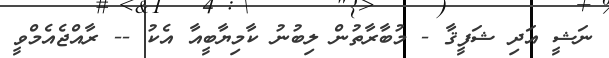
ނަޝީ އަދި ޝަފީޤާ - މުބާރާތުން ލިބުނު ކާމިޔާބީއާ އެކު -- ރާއްޖެއެމްވީ